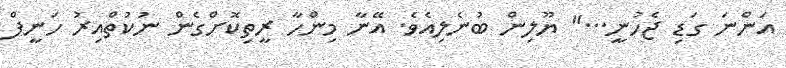
އަންނަ ގަޑި ޖެހުނީ..." ޔޫލިން ބުނެލިއެވެ. އޭނާ މިންހާ ރީތިކޮށްގެން ނުކުތްއިރު ހަނީފް